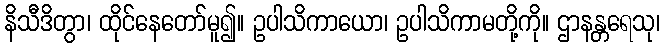
နိသီဒိတွာ၊ ထိုင်နေတော်မူ၍။ ဥပါသိကာယော၊ ဥပါသိကာမတို့ကို။ ဌာနန္တရေသု၊